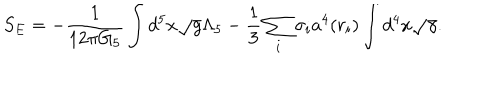
S _ { E } = - { \frac { 1 } { 1 2 \pi G _ { 5 } } } \int d ^ { 5 } x \sqrt { g } \Lambda _ { 5 } - { \frac { 1 } { 3 } } \sum _ { i } \sigma _ { i } a ^ { 4 } ( r _ { i } ) \int d ^ { 4 } x \sqrt { \gamma } .